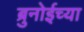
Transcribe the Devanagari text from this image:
ब्रुनोईच्या